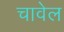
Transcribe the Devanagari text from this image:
चावेल